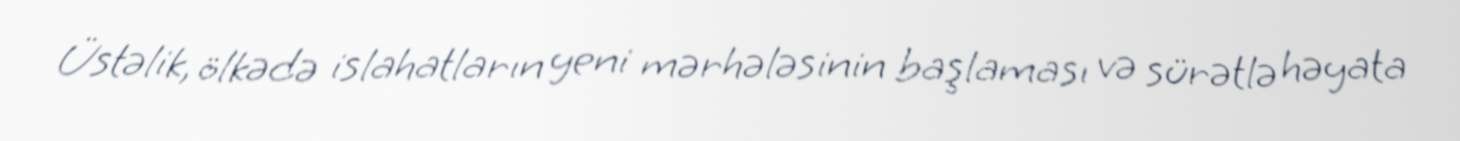
Üstəlik, ölkədə islahatların yeni mərhələsinin başlaması və sürətlə həyata